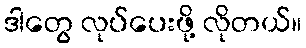
ဒါတွေ လုပ်ပေးဖို့ လိုတယ်။